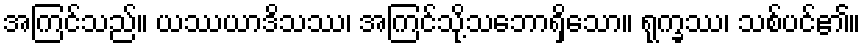
အကြင်သည်။ ယဿယာဒိသဿ၊ အကြင်သို့သဘောရှိသော။ ရုက္ခဿ၊ သစ်ပင်၏။